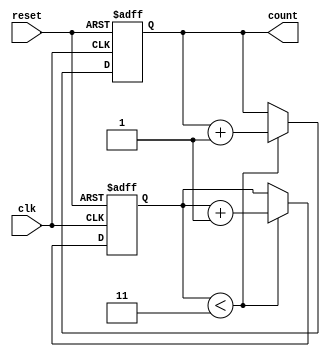
module conditional_loop (
    input wire clk,
    input wire reset,
    output reg [3:0] count
);

reg [1:0] loop_count;

always @(posedge clk or posedge reset) begin
    if (reset) begin
        loop_count <= 2'b00;
        count <= 4'b0000;
    end
    else begin
        if (loop_count < 2'b11) begin
            count <= count + 1;
            loop_count <= loop_count + 1;
        end
    end
end

endmodule